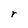
Character: r